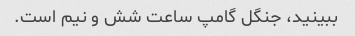
ببینید، جنگل گامپ ساعت شش و نیم است.